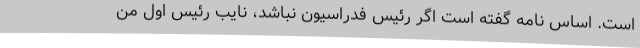
است. اساس نامه گفته است اگر رئیس فدراسیون نباشد، نایب رئیس اول من